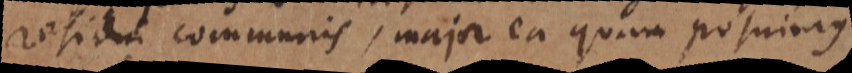
residui communis, major ea quam posuimus